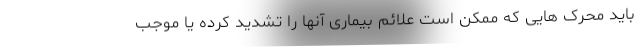
باید محرک هایی که ممکن است علائم بیماری آنها را تشدید کرده یا موجب